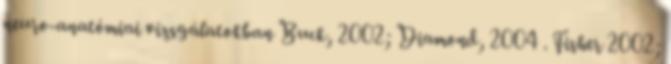
neuro-anatómiai vizsgálatokban Buck, 2002; Diamond, 2004 . Fisher 2002;